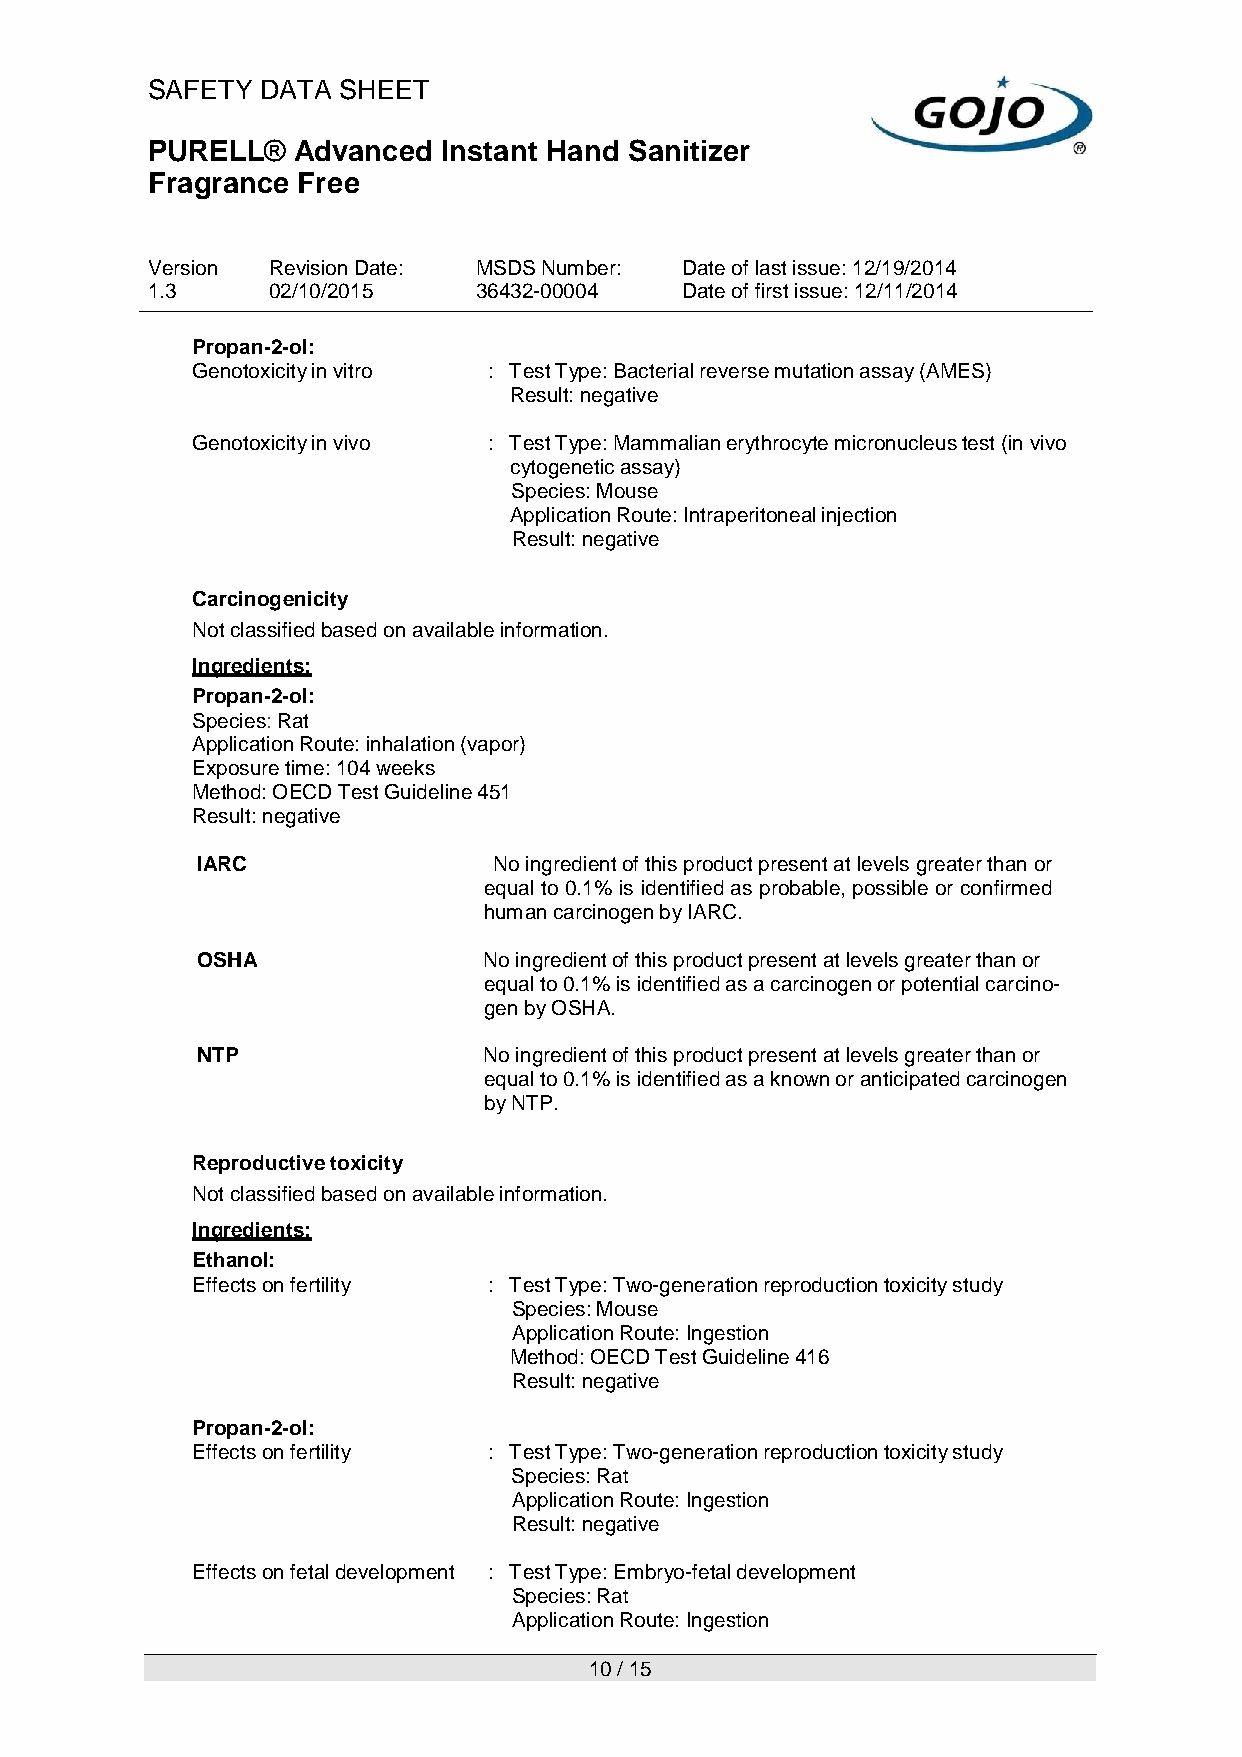
SAFETY DATA SHEET
 PURELL®  Advanced  Instant Hand Sanitizer
 Fragrance Free
 Version Revision Date: MSDS Number: Date of last issue: 12/19/2014
 1.3     02/10/2015   36432-00004   Date of first issue: 12/11/2014
 Propan-2-ol:
 Genotoxicity in vitro : Test Type: Bacterial reverse mutation assay (AMES)
 Result: negative
 Genotoxicity in vivo : Test Type: Mammalian erythrocyte micronucleus test (in vivo
 cytogenetic assay)
 Species: Mouse
 Application Route: Intraperitoneal injection
 Result: negative
 Carcinogenicity
 Not classified based on available information.
 Ingredients:
 Propan-2-ol:
 Species: Rat
 Application Route: inhalation (vapor)
 Exposure time: 104 weeks
 Method: OECD Test Guideline 451
 Result: negative
 IARC                No ingredient of this product present at levels greater than or
 equal to 0.1% is identified as probable, possible or confirmed
 human carcinogen by IARC.
 OSHA               No ingredient of this product present at levels greater than or
 equal to 0.1% is identified as a carcinogen or potential carcino-
 gen by OSHA.
 NTP                No ingredient of this product present at levels greater than or
 equal to 0.1% is identified as a known or anticipated carcinogen
 by NTP.
 Reproductive toxicity
 Not classified based on available information.
 Ingredients:
 Ethanol:
 Effects on fertility : Test Type: Two-generation reproduction toxicity study
 Species: Mouse
 Application Route: Ingestion
 Method: OECD Test Guideline 416
 Result: negative
 Propan-2-ol:
 Effects on fertility : Test Type: Two-generation reproduction toxicity study
 Species: Rat
 Application Route: Ingestion
 Result: negative
 Effects on fetal development : Test Type: Embryo-fetal development
 Species: Rat
 Application Route: Ingestion
 10 / 15